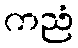
ကညံ